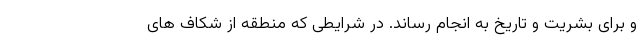
و برای بشریت و تاریخ به انجام رساند. در شرایطی که منطقه از شکاف های